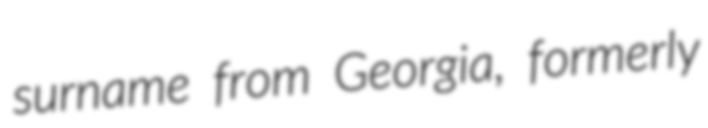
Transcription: surname from Georgia, formerly